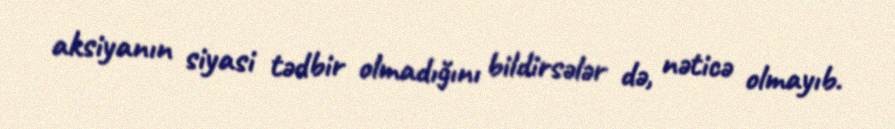
aksiyanın siyasi tədbir olmadığını bildirsələr də, nəticə olmayıb.